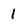
Character: 1